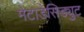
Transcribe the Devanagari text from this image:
मेटाडेसिड्युट